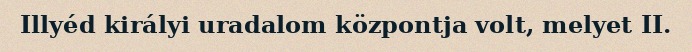
Illyéd királyi uradalom központja volt, melyet II.